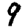
Digit: 9